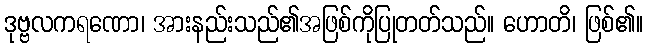
ဒုဗ္ဗလကရဏော၊ အားနည်းသည်၏အဖြစ်ကိုပြုတတ်သည်။ ဟောတိ၊ ဖြစ်၏။